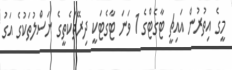
މީގެ އިތުރުން އައިޗީ ޓާގެޓްގެ 1 ވަނަ ޓާގެޓަކީ ދިރޭތަކެތީގެ ނަސްލުތަކުގެ އަގު